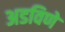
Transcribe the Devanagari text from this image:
अडविणे